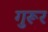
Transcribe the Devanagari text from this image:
गुरूर